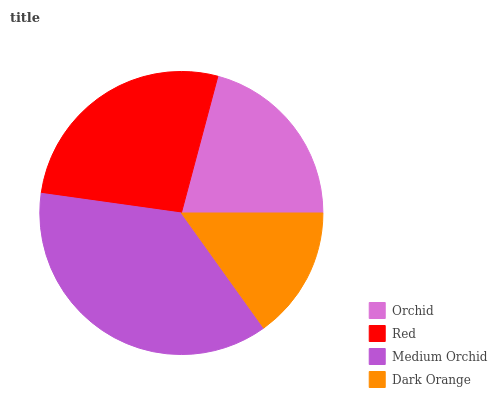
| Orchid | Red | Medium Orchid | Dark Orange |
 | --- | --- | --- | --- |
 | 20.9% | 26.9% | 37.1% | 15.1% |